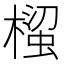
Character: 𭫵